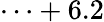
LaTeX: \cdots+6.2